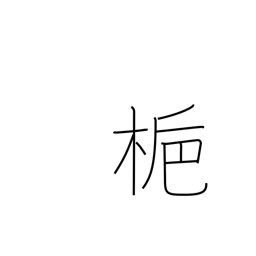
Meaning: gardenia